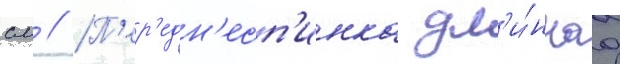
см // П'ер'едн'есп'инка дл'и́ннаа